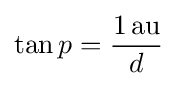
\tan p={\frac {1\,{\text{au}}}{d}}